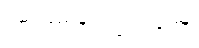
ရှမ်းပြည်နယ်လွှတ်တော်